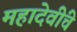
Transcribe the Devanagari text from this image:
महादेवींचे